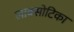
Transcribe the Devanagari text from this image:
लाक्सोटिका